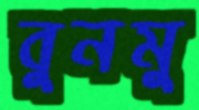
বুনমু